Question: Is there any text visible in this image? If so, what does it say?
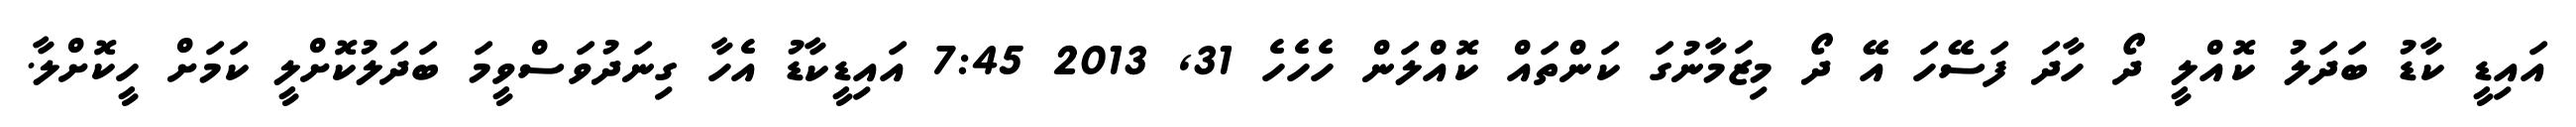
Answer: އައިޑީ ކާޑު ބަދަލު ކޮއްލީ ދޯ ހާދަ ފަސޭހަ އޭ ދޯ މިޒަމާނުގަ ކަންތައް ކޮއްލަން ހެހެހެ 31, 2013 7:45 އައިޑީކާޑު އެހާ ގިނަދުވަސްވީމަ ބަދަލުކޮށްލީ ކަމަށް ހީކޮށްލާ.